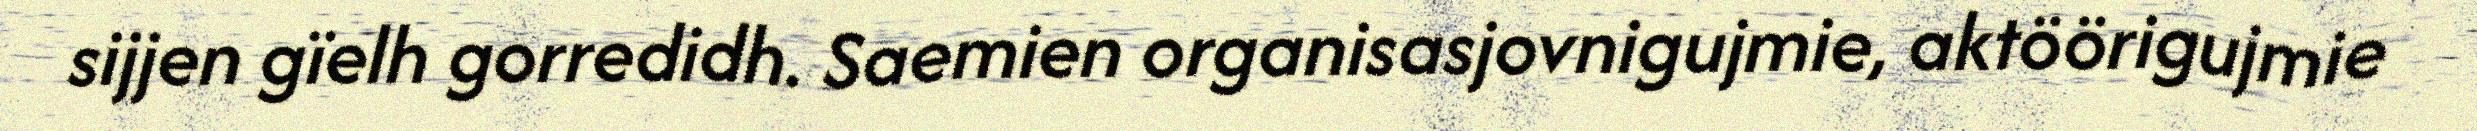
sijjen gïelh gorredidh. Saemien organisasjovnigujmie, aktöörigujmie